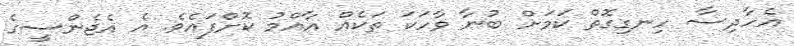
އެހާދިސާ ހިނގިގޮތް ކަމަށް ބުނާ ވާހަކަ ތަކެއް އާއްމު ކޮށްފައެވެ. އެ އެޖެންސީގެ